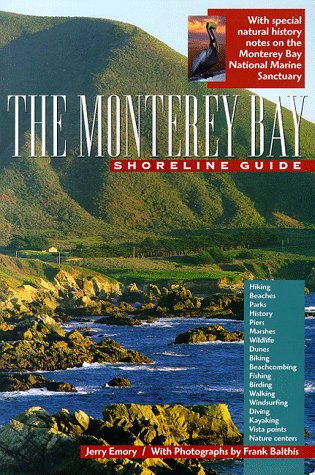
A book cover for The Monterey Bay Shoreline Guide (UC Press/Monterey Bay Aquarium Series in Marine Conservation); Jerry Emory; Travel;